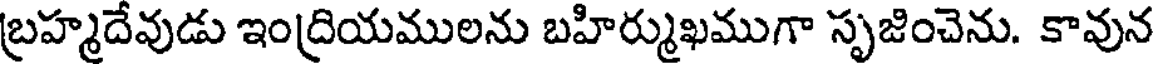
బ్రహ్మదేవుడు ఇంద్రియములను బహిర్ముఖముగా సృజించెను. కావున